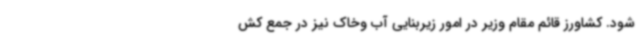
شود. کشاورز قائم مقام وزیر در امور زیربنایی آب وخاک نیز در جمع کش